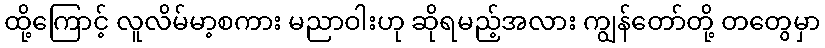
ထို့ကြောင့် လူလိမ်မာ့စကား မညာဝါးဟု ဆိုရမည့်အလား ကျွန်တော်တို့ တတွေမှာ